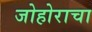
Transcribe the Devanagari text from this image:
जोहोराचा